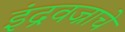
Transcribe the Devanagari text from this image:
इंद्रवज्राचे